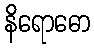
နိရောဓော